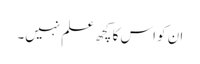
ان کو اس کا کچھ علم نہیں۔